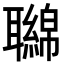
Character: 𦘂